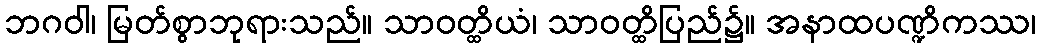
ဘဂဝါ၊ မြတ်စွာဘုရားသည်။ သာဝတ္ထိယံ၊ သာဝတ္ထိပြည်၌။ အနာထပဏ္ဍိကဿ၊